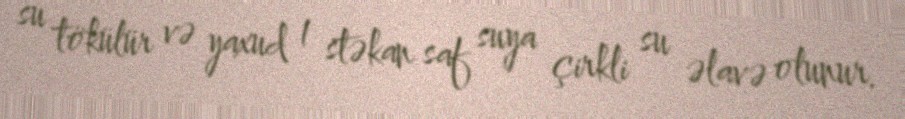
su tökülür və yaxud 1 stəkan saf suya çirkli su əlavə olunur.